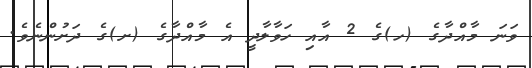
ވަނަ މާއްދާގެ (ހ)ގެ 2 އާއި ހަވާލާދީ އެ މާއްދާގެ (ށ)ގެ ދަށުންނެވެ.